Leaving Certificate Examination (including Day School Certificate (Higher) General paper), 1937
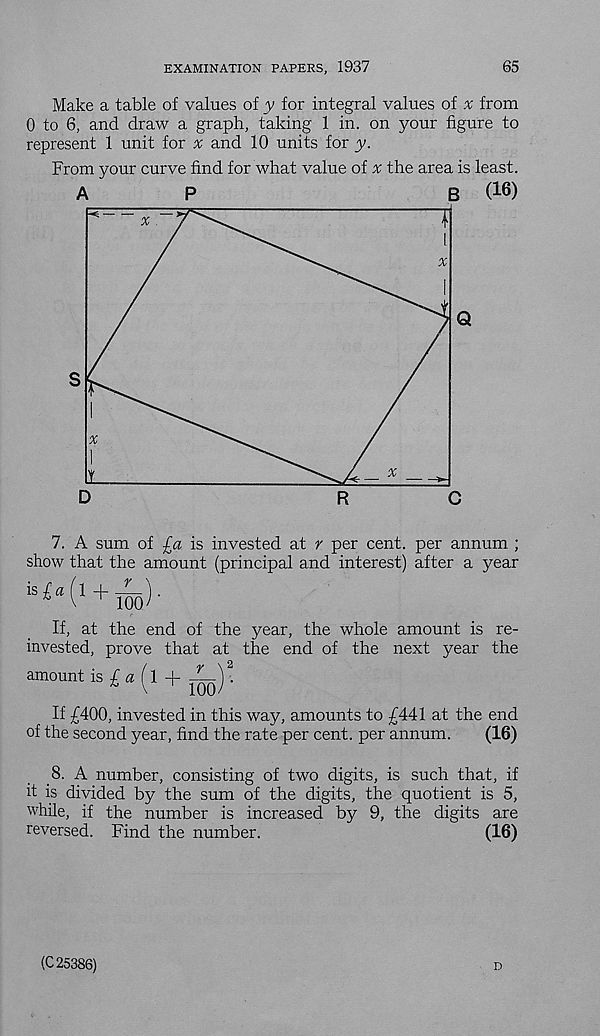
EXAMINATION PAPERS, 1937
65
Make a table of values of y for integral values of .x from
0 to 6, and draw a graph, taking 1 in. on your figure to
represent 1 unit for ^ and 10 units for y.
From your curve find for what value of ^ the area is least.
A
P
B
( 16 )
7. A sum of £a is invested at r per cent, per annum ;
show that the amount (principal and interest) after a year
If, at the end of the year, the whole amount is re-
invested, prove that at the end of the next year the
amount is / a f 1 +
.
If £400, invested in this way, amounts to £441 at the end
of the second year, find the rate per cent, per annum.
(16)
8. A number, consisting of two digits, is such that, if
it is divided by the sum of the digits, the quotient is 5,
while, if the number is increased by 9, the digits are
reversed. Find the number.
(16)
(C 25386)
D